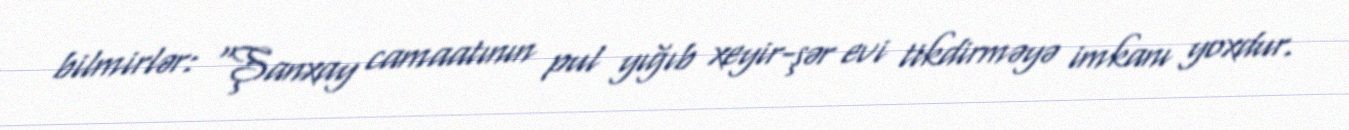
bilmirlər: “Şanxay camaatının pul yığıb xeyir-şər evi tikdirməyə imkanı yoxdur.